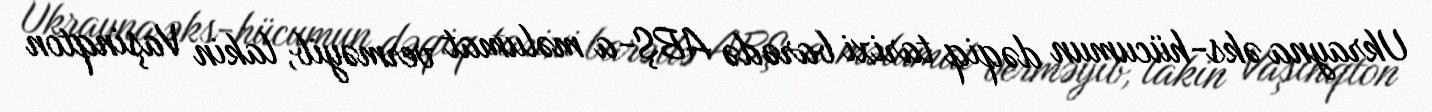
Ukrayna əks-hücumun dəqiq tarixi barədə ABŞ-a məlumat verməyib, lakin Vaşinqton